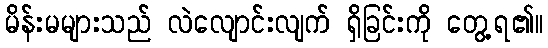
မိန်းမများသည် လဲလျောင်းလျက် ရှိခြင်းကို တွေ့ရ၏။